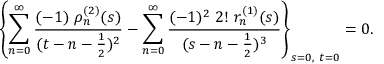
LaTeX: \left\{ \sum _ { n = 0 } ^ { \infty } \frac { ( - 1 ) \ \rho _ { n } ^ { ( 2 ) } ( s ) } { ( t - n - \frac { 1 } { 2 } ) ^ { 2 } } - \sum _ { n = 0 } ^ { \infty } \frac { ( - 1 ) ^ { 2 } \ 2 ! \ r _ { n } ^ { ( 1 ) } ( s ) } { ( s - n - \frac { 1 } { 2 } ) ^ { 3 } } \right\} _ { s = 0 , \ t = 0 } = 0 .